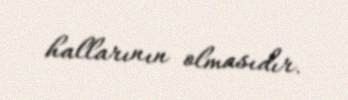
hallarının olmasıdır.